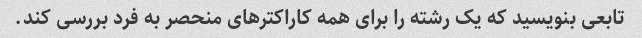
تابعی بنویسید که یک رشته را برای همه کاراکترهای منحصر به فرد بررسی کند.